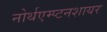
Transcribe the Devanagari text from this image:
नोर्थएम्प्टनशायर